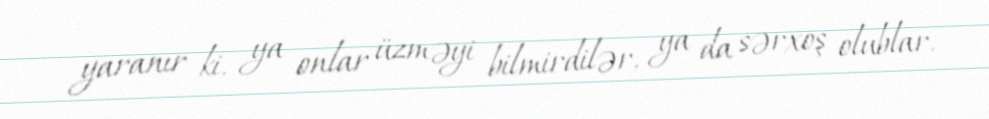
yaranır ki, ya onlar üzməyi bilmirdilər, ya da sərxoş olublar.